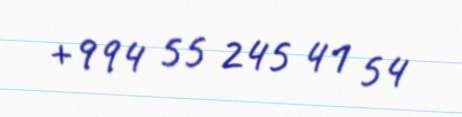
+994 55 245 41 54